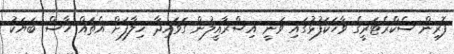
ފޮރިން ސެކްރެޓަރީގެ ވާހަކަފުޅުގައި ވަނީ އިސްރާއީލުން ގަވައިދާ ޚިލާފަށް އެތައް ހާސް ބަޔަކު